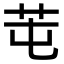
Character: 芚